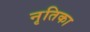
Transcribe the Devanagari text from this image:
नृतिका